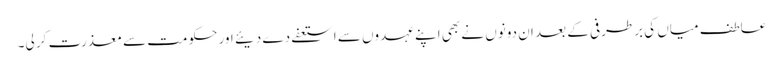
عاطف میاں کی برطرفی کے بعد ان دونوں نے بھی اپنے عہدوں سے استعفے دے دیئے اور حکومت سے معذرت کر لی۔